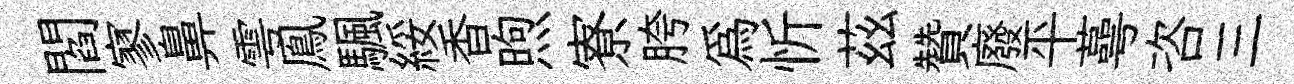
閻寥鼻雩鳯颿綏香煦寮胯爲忻茲贊廢平蕚咨三